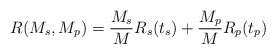
\begin{align*}\begin{aligned} R(M_s,M_p) = \frac{M_s}{M} R_s(t_s) + \frac{M_p}{M}R_p(t_p) \end{aligned}\end{align*}